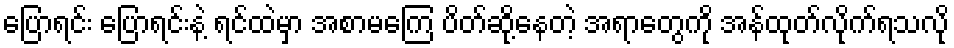
ပြောရင်း ပြောရင်းနဲ့ ရင်ထဲမှာ အစာမကြေ ပိတ်ဆို့နေတဲ့ အရာတွေကို အန်ထုတ်လိုက်ရသလို